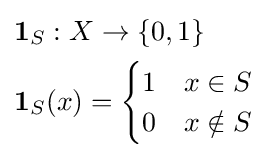
{\begin{aligned}&\mathbf {1} _{S}:X\to \{0,1\}\\&\mathbf {1} _{S}(x)={\begin{cases}1&x\in S\\0&x\notin S\end{cases}}\end{aligned}}